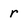
Character: r